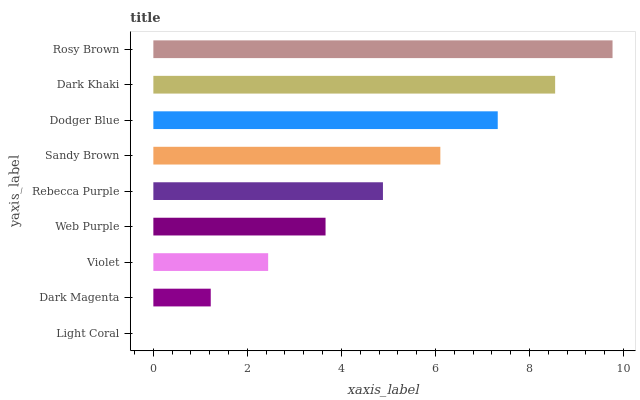
| yaxis_label | bars |
 | --- | --- |
 | Light Coral | 0 |
 | Dark Magenta | 1.22 |
 | Violet | 2.44 |
 | Web Purple | 3.66 |
 | Rebecca Purple | 4.88 |
 | Sandy Brown | 6.1 |
 | Dodger Blue | 7.33 |
 | Dark Khaki | 8.55 |
 | Rosy Brown | 9.77 |